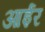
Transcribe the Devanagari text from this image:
आईर